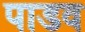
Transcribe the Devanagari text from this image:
पाडव